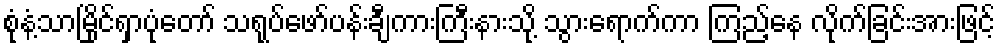
စုံနံ့သာမြိုင်ရှာပုံတော် သရုပ်ဖော်ပန်းချီကားကြီးနားသို့ သွားရောက်ကာ ကြည့်နေ လိုက်ခြင်းအားဖြင့်